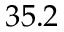
3 5 . 2